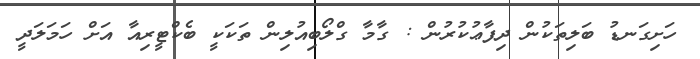
ހަށިގަނޑު ބަލިތަކުން ދިފާޢުކުރުން : ގާމާ ގްލޯބިއުލިން ތަކަކީ ބެކްޓީރިއާ އަށް ހަމަލަދީ